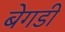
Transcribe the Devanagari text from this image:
बेगडी